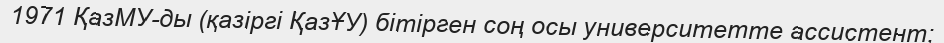
1971 ҚазМУ-ды (қазіргі ҚазҰУ) бітірген соң осы университетте ассистент;